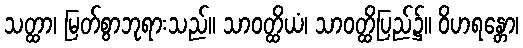
သတ္ထာ၊ မြတ်စွာဘုရားသည်။ သာဝတ္ထိယံ၊ သာဝတ္ထိပြည်၌။ ဝိဟရန္တော၊